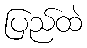
ပြည်ထဲ